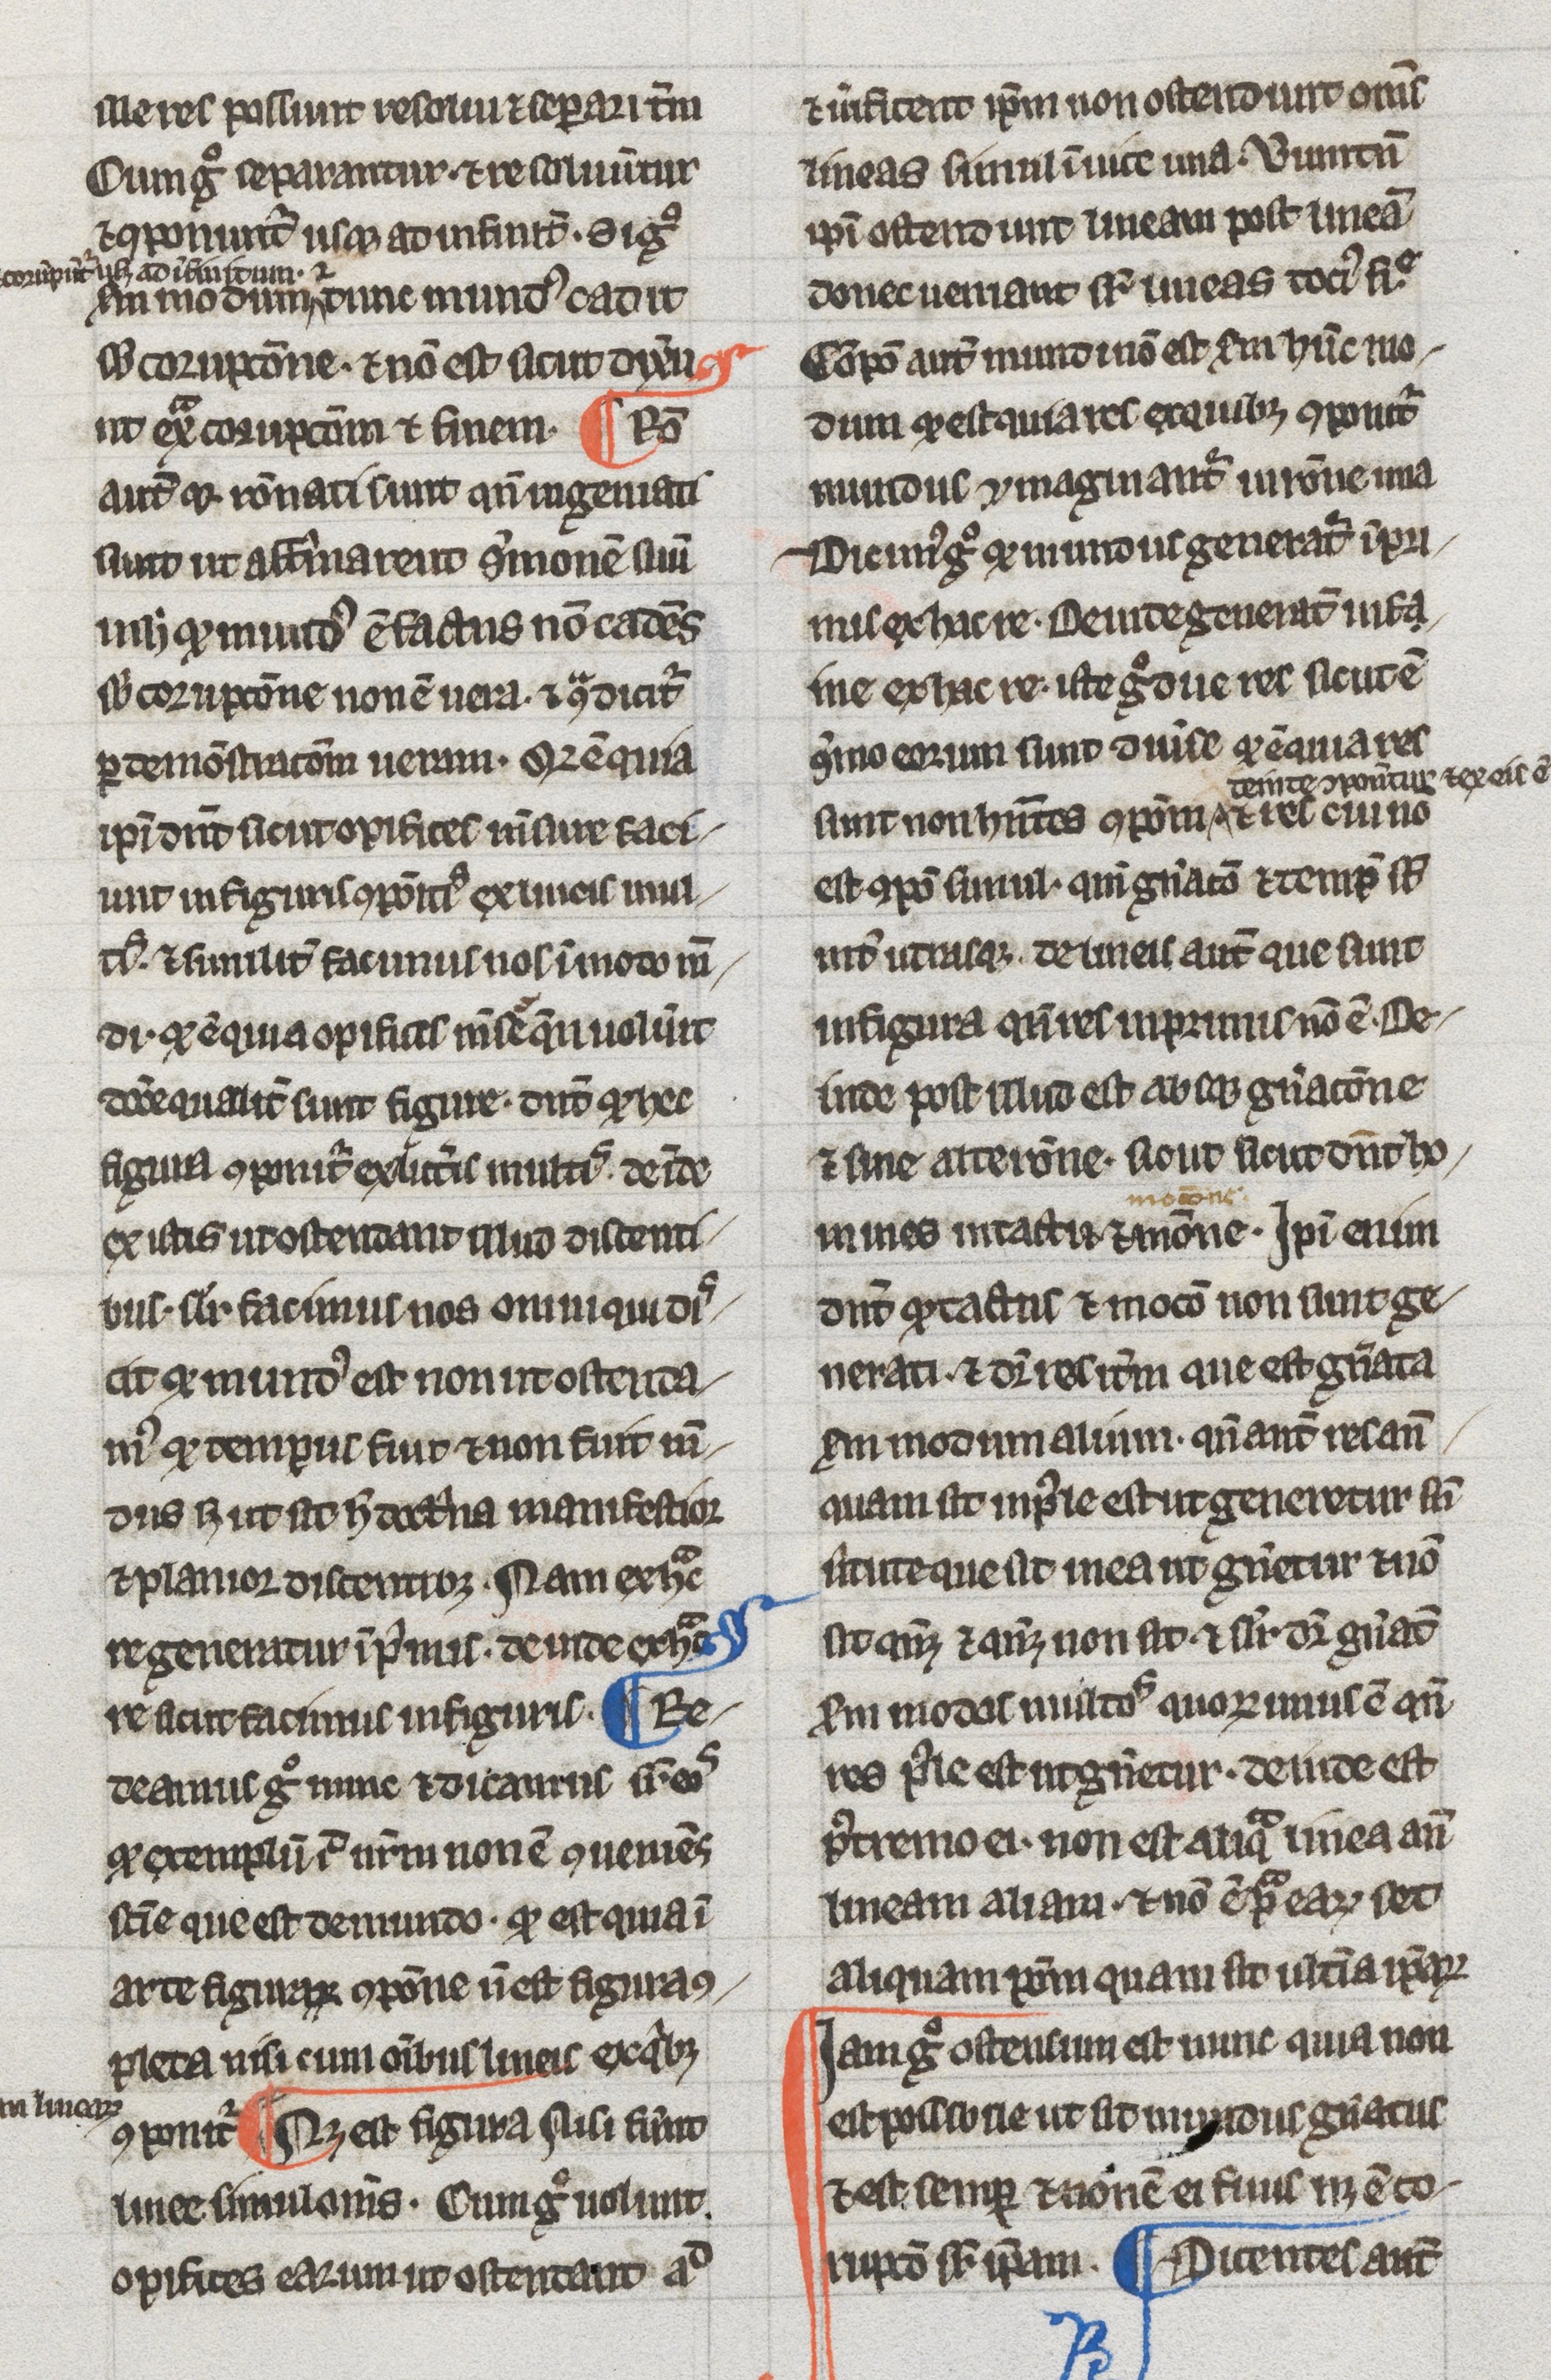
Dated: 1275–1299